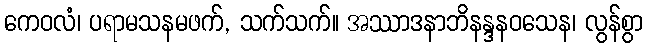
ကေဝလံ၊ ပရာမသနမဖက်, သက်သက်။ အဿာဒနာဘိနန္ဒနဝသေန၊ လွန်စွာ